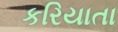
કરિયાતા